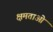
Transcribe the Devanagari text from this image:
क्षमताओ